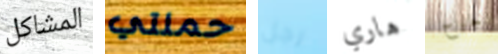
المشاكل حملتي رجل هاري جرح